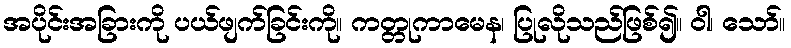
အပိုင်းအခြားကို ပယ်ဖျက်ခြင်းကို။ ကတ္တုကာမေန၊ ပြုလိုသည်ဖြစ်၍။ ဝါ၊ သော်။